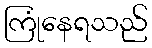
ကြုံနေရသည်